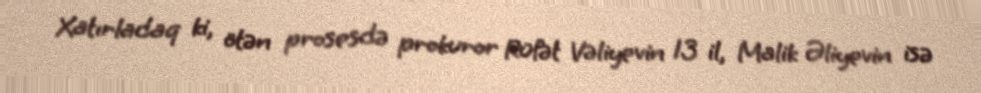
Xatırladaq ki, ötən prosesdə prokuror Rüfət Vəliyevin 13 il, Malik Əliyevin isə